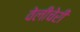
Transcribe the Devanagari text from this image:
वेलीचेरी